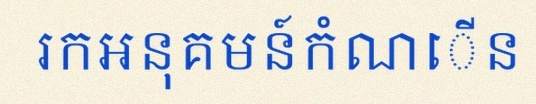
រកអនុគមន៍កំណើន